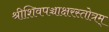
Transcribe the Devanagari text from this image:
श्रीशिवपञ्चाक्षरस्तोत्रम्